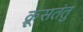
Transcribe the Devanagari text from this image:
क्रूसतंतु